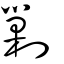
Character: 剿